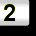
Digit: 2